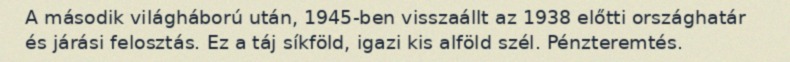
A második világháború után, 1945-ben visszaállt az 1938 előtti országhatár és járási felosztás. Ez a táj síkföld, igazi kis alföld szél. Pénzteremtés.